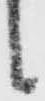
候